Calcutta medical institutions reports 1871-78
Year: 1871
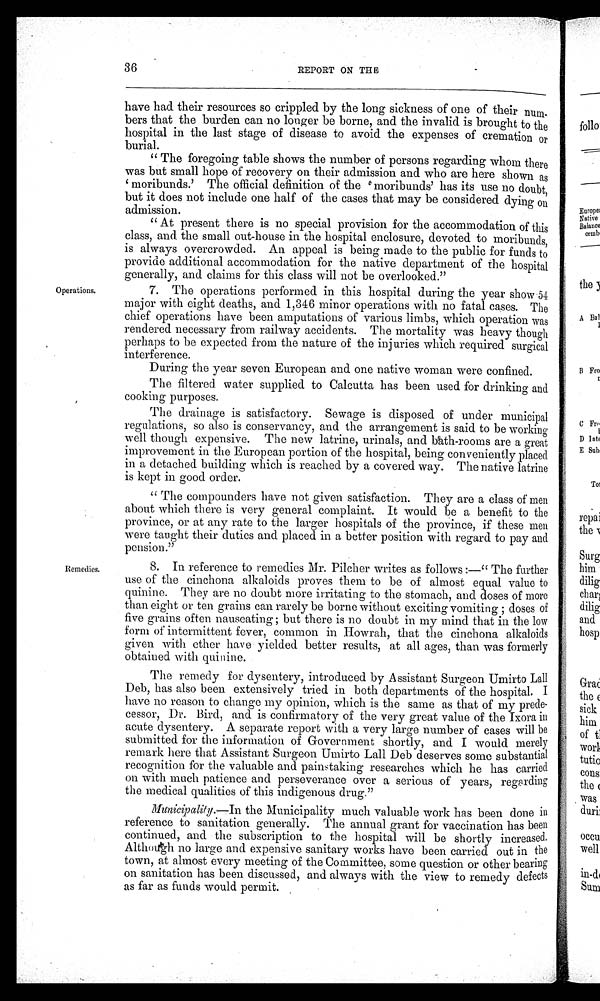
36
REPORT ON THE
Operations.
Remedies.
have had their resources so crippled by the long sickness of one of their num-
bers that the burden can no longer be borne, and the invalid is brought to the
hospital in the last stage of disease to avoid the expenses of cremation or
burial.
" The foregoing table shows the number of persons regarding whom there
was but small hope of recovery on their admission and who are here shown as
'moribunds.' The official definition of the 'moribunds' has its use no doubt,
but it does not include one half of the cases that may be considered dying on
admission.
" At present there is no special provision for the accommodation of this
class, and. the small out-house in the hospital enclosure, devoted to moribunds,
is always overcrowded. An appeal is being made to the public for funds to
provide additional accommodation for the native department of the hospital
generally, and claims for this class will not be overlooked."
7. The operations performed in this hospital during the year show 54
major with eight deaths, and 1,346 minor operations with no fatal cases. The
chief operations have been amputations of various limbs, which operation was
rendered necessary from railway accidents. The mortality was heavy though
perhaps to be expected from the nature of the injuries which required surgical
interference.
During the year seven European and one native woman were confined.
The filtered water supplied to Calcutta has been used for drinking and
cooking purposes.
The drainage is satisfactory. Sewage is disposed of under municipal
regulations, so also is conservancy, and the arrangement is said to be working
well though expensive. The new latrine, urinals, and bath-rooms are a great
improvement in the European portion of the hospital, being conveniently placed
in a detached building which is reached by a covered way. The native latrine
is kept in good order.
"The compounders have not given satisfaction. They are a class of men
about which there is very general complaint. It would be a benefit to the
province, or at any rate to the larger hospitals of the province, if these men
were taught their duties and placed in a better position with regard to pay and
pension."
8. In reference to remedies Mr. Pilcher writes as follows :—" The further
use of the cinchona alkaloids proves them to be of almost equal value to
quinine. They are no doubt more irritating to the stomach, and doses of more
than eight or ten grains can rarely be borne without exciting vomiting ; doses of
five grains often nauseating ; but there is no doubt in my mind that in the low
form of intermittent fever, common in Howrah, that the cinchona alkaloids
given with ether have yielded better results, at all ages, than was formerly
obtained with quinine.
The remedy for dysentery, introduced by Assistant Surgeon Umirto Lall
Deb, has also been extensively tried in both departments of the hospital. I
have no reason to change my opinion, which is the same as that of my prede-
cessor, Dr. Bird, and is confirmatory of the very great value of the Ixora in
acute dysentery. A separate report with a very large number of cases will be
submitted for the information of Government shortly, and I would merely
remark here that Assistant Surgeon Umirto Lall Deb deserves some substantial
recognition for the valuable and painstaking researches which he has carried
on with much patience and perseverance over a serious of years, regarding
the medical qualities of this indigenous drug."
Municipality.—In the Municipality much valuable work has been done in
reference to sanitation generally. The annual grant for vaccination has been
continued, and the subscription to the hospital will be shortly increased.
Although no large and expensive sanitary works have been carried out in the
town, at almost every meeting of the Committee, some question or other bearing
on sanitation has been discussed, and always with the view to remedy defects
as far as funds would permit.